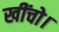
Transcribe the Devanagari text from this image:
खींचो।